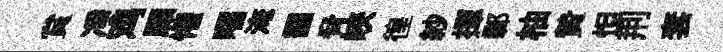
賞凈鸡願懼嚅淹靄脅峽徨紗揮鄣柚贄怛荆套